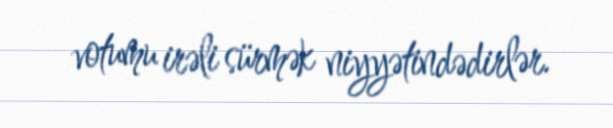
votumu irəli sürmək niyyətindədirlər.